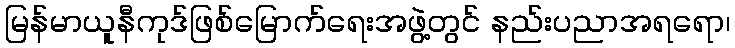
မြန်မာယူနီကုဒ်ဖြစ်မြောက်ရေးအဖွဲ့တွင် နည်းပညာအရရော၊